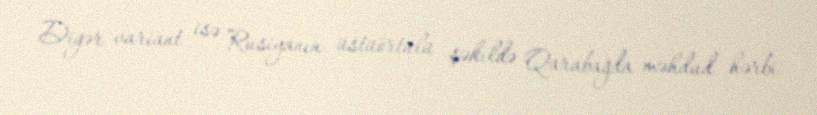
Digər variant isə Rusiyanın üstüörtülü şəkildə Qarabağda məhdud hərbi